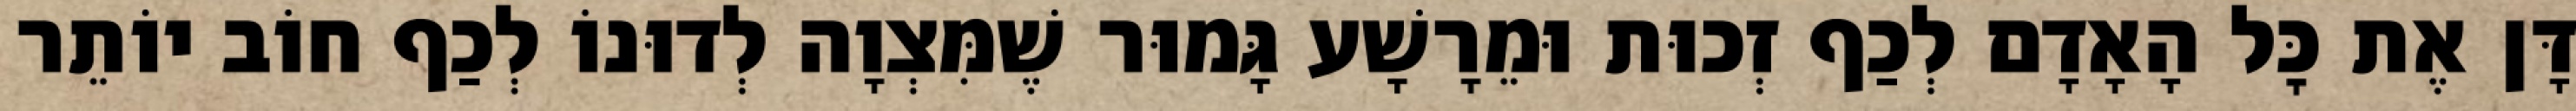
דָּן אֶת כׇּל הָאָדָם לְכַף זְכוּת וּמֵרָשָׁע גָּמוּר שֶׁמִּצְוָה לְדוּנוֹ לְכַף חוֹב יוֹתֵר